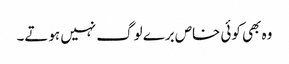
وہ بھی کوئی خاص برے لوگ نہیں ہوتے۔